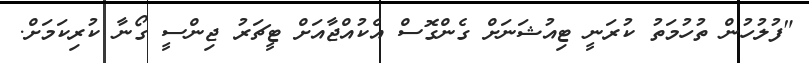
"ފުލުހުން ތުހުމަތު ކުރަނީ ޓިއުޝަނަށް ގެންގޮސް އެކުއްޖާއަށް ޓީޗަރު ޖިންސީ ގޯނާ ކުރިކަމަށް.